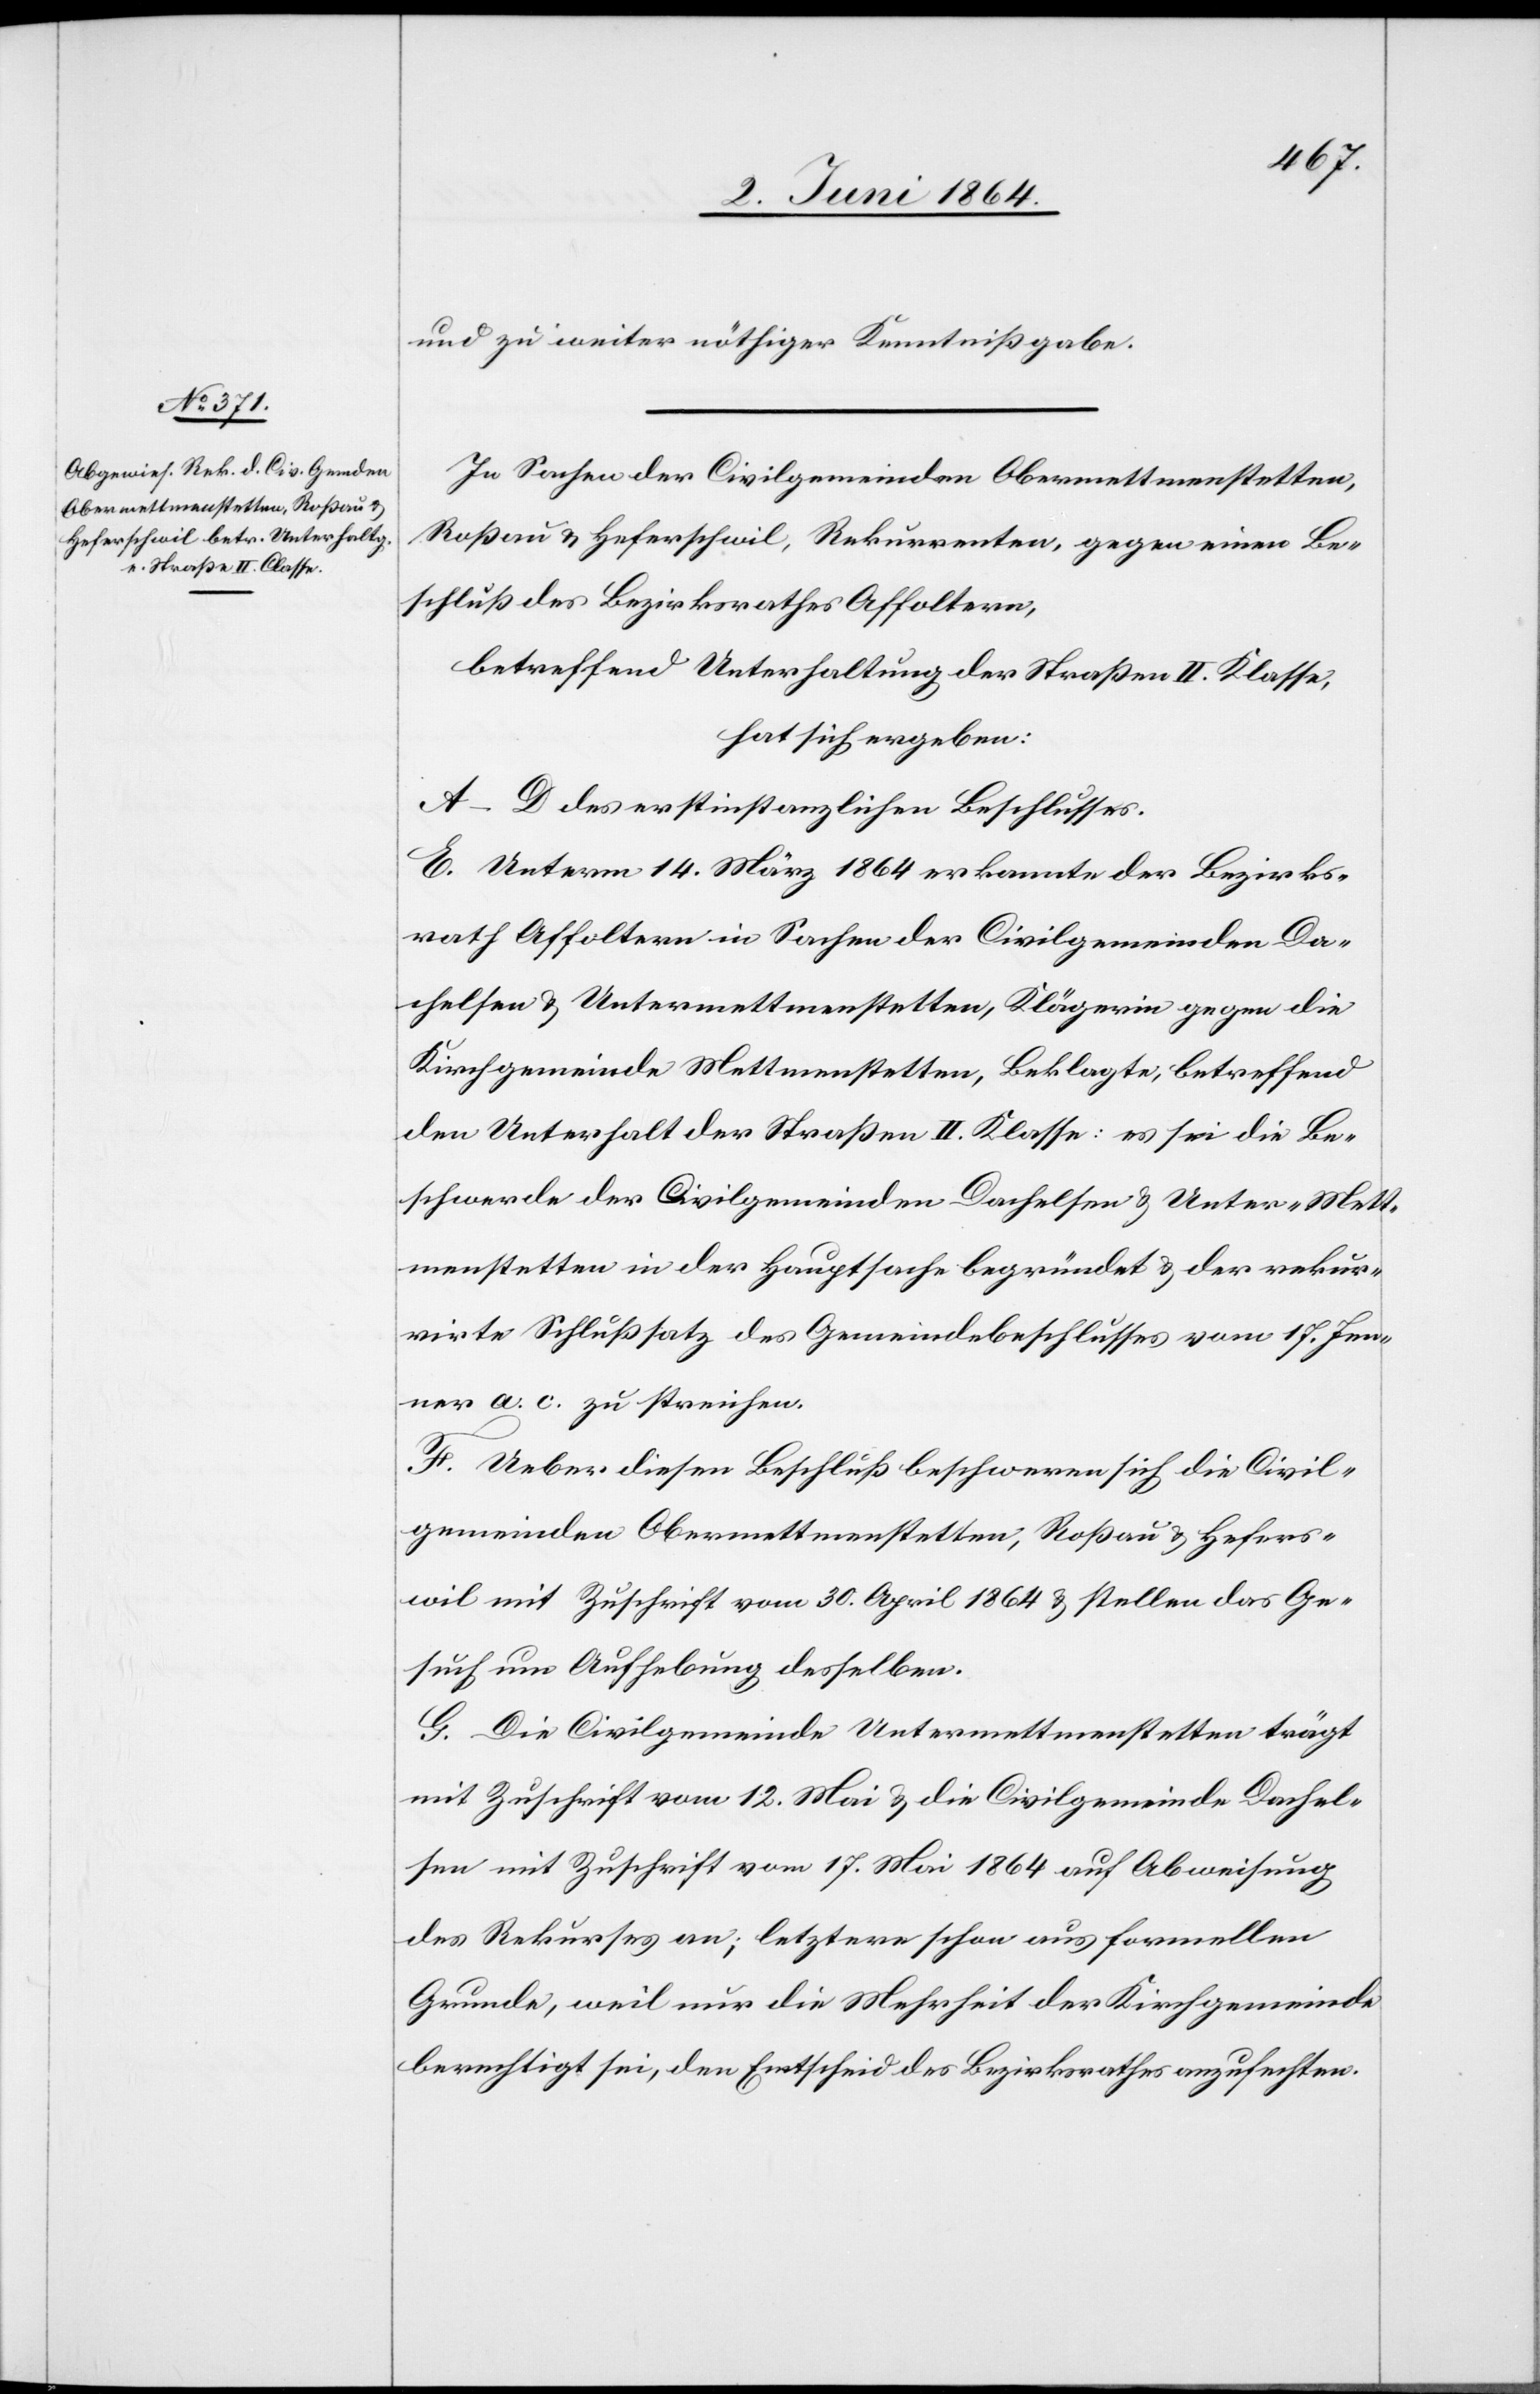
und zu weiter nöthiger Kenntnißgabe.
In Sachen der Civilgemeinden Obermettmenstetten,
Roßau u. Heferschwil, Rekurrenten, gegen einen Be¬
schluß des Bezirksrathes Affoltern,
betreffend Unterhaltung der Straßen II. Klasse,
hat sich ergeben:
A–D des erstinstanzlichen Beschlusses.
E. Unterm 14. März 1864 erkannte der Bezirks¬
rath Affoltern in Sachen der Civilgemeinden Da¬
chelsen u. Untermettmenstetten, Klägerin gegen die
Kirchgemeinde Mettmenstetten, Beklagte, betreffend
den Unterhalt der Straßen II. Klasse: es sei die Be¬
schwerde der Civilgemeinden Dachelsen u. Unter-Mett¬
menstetten in der Hauptsache begründet u. der rekur¬
rirte Schlußsatz des Gemeindebeschlusses vom 17. Jen¬
ner a. c. zu streichen.
F. Ueber diesen Beschluß beschweren sich die Civil¬
gemeinden Obermettmenstetten, Roßau u. Heferswil
[sic!] mit Zuschrift vom 30. April 1864 u. stellen das Ge¬
such um Aufhebung desselben.
G. Die Civilgemeinde Untermettmenstetten trägt
mit Zuschrift vom 12. Mai u. die Civilgemeinde Dachel¬
sen mit Zuschrift vom 17. Mai 1864 auf Abweisung
des Rekurses an; letztere schon aus formellen
[sic!], weil nur die Mehrheit der Kirchgemeinde
berechtigt sei, den Entscheid des Bezirksrathes anzufechten.